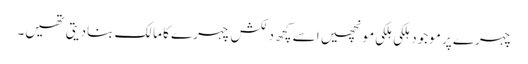
چہرے پر موجود ہلکی ہلکی مونچھیں اسے کچھ دلکش چہرے کا مالک بنادیتی تھیں۔